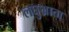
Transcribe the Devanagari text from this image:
लघुभ्राता